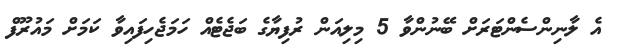
އެ ލާނިންސެންޓަރަށް ބޭނުންވާ 5 މިލިއަން ރުފިޔާގެ ބަޖެޓެއް ހަމަޖެހިފައިވާ ކަމަށް މައުރޫފް